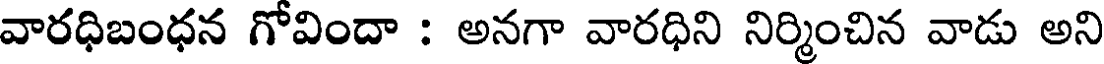
వారధిబంధన గోవిందా : అనగా వారధిని నిర్మించిన వాడు అని